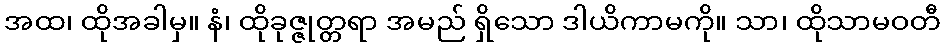
အထ၊ ထိုအခါမှ။ နံ၊ ထိုခုဇ္ဇုတ္တရာ အမည် ရှိသော ဒါယိကာမကို။ သာ၊ ထိုသာမဝတီ